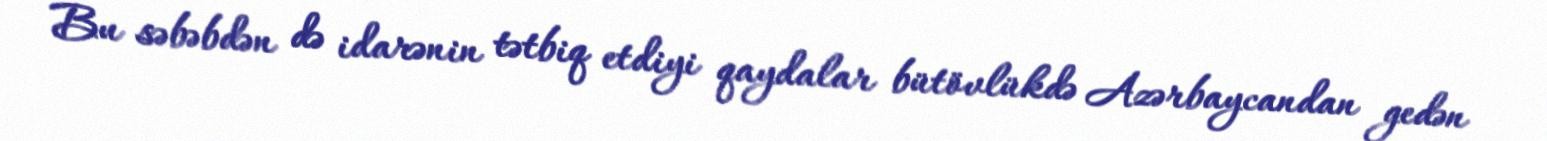
Bu səbəbdən də idarənin tətbiq etdiyi qaydalar bütövlükdə Azərbaycandan gedən